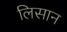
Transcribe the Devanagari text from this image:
लिसान